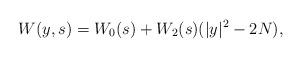
LaTeX: \begin{align*}W(y,s) = W_0(s) + W_2(s)(|y|^2 - 2N),\end{align*}